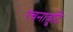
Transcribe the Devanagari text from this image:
रचनात्रुटि